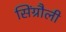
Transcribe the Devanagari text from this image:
सिंग्रौली